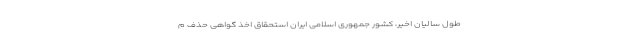
طول سالیان اخیر، کشور جمهوری اسلامی ایران استحقاق اخذ گواهی حذف م